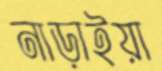
নাড়াইয়া